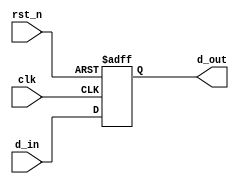
module synchronous_register (
    input wire clk,          // Clock input
    input wire rst_n,       // Active low reset
    input wire [7:0] d_in,  // 8-bit data input
    output reg [7:0] d_out   // 8-bit data output
);

// Always block triggered on the rising edge of the clock
always @(posedge clk or negedge rst_n) begin
    if (!rst_n) begin
        // Asynchronous reset: set output to 0
        d_out <= 8'b0;
    end else begin
        // Non-blocking assignment to update the output
        d_out <= d_in;
    end
end

endmodule